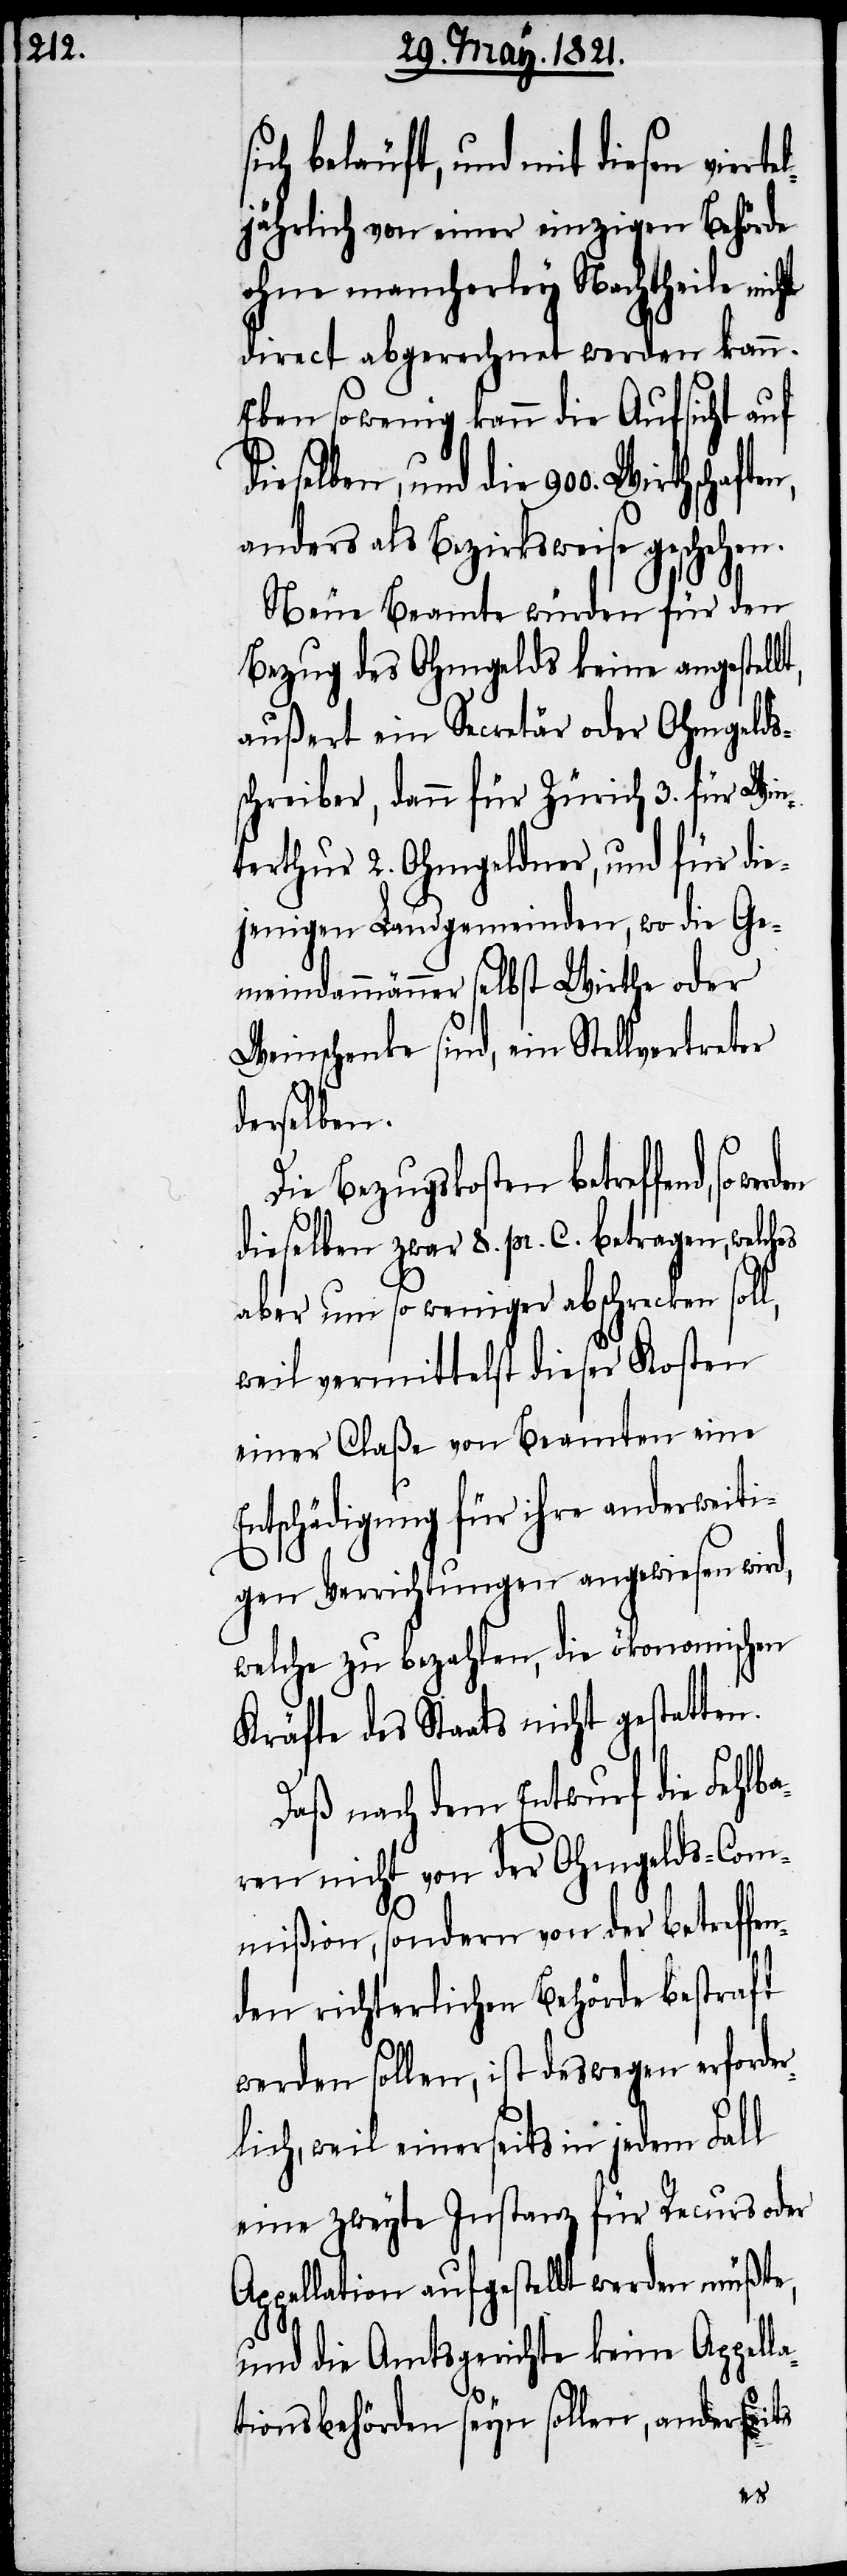
ich beläuft, und mit diesen viert¬
eljährlich von einer einzigen Behörde
ohne mancherley Nachtheile nicht
direct abgerechnet werden kann.
Eben so wenig kann die Aufsicht auf
dieselben, und die 900. Wirthschafte¬
anders als Bezirksweise geschehen.
Neue Beamte würden für den
Bezug des Ohmgelds keine angestell¬
außert ein Secretär oder Ohmgelds¬
schreiber, dann für Zürich 3. für Win¬
terthur 2. Ohmgeldner, und für die¬
jenigen Landgemeinden, wo die Ge¬
meindammänner selbst Wirthe oder
Weinschenke sind, ein Stellvertreter
derselben.
Die Bezugskosten betreffend,
a¬
dieselben zwar 8. pr. C. betragen, welches
aber um so weniger abschrecken sol¬
weil vermittelst dieser Kosten
einer Claße von Beamten eine
Entschädigung für ihre anderweiti¬
gen Verrichtungen angewiesen wird,
welche zu bezahlen, die ökonomischen
Kräfte des Staats nicht gestatten.
Daß nach dem Entwurf die Fehlb¬
aren nicht von der Ohmgelds-Com¬
mißion, sondern von der betreffe¬
nden richterlichen Behörde bestraft
werden sollen, ist deswegen erforder¬
lich, weil einerseits in jedem Fall
eine zweyte Instanz für Recurs oder
Appellation aufgestellt werden müßte,
und die Amtsgerichte keine Appell¬
tionsbehörde seyn sollen, anderseits